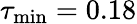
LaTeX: \tau_{\textrm{min}}=0.18